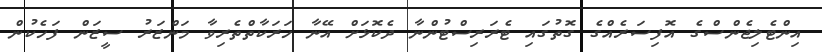
އިންޓެލިޖެންސްގެ އޮފިސަރެއްގެ ގޮތުގައި ޓެރަރިސްޓުންނާ ދެކޮޅަށް އޭނާ ހަރަކާތްތެރިވާ މަންޒަރު ސީޒަން ފަހެކުން